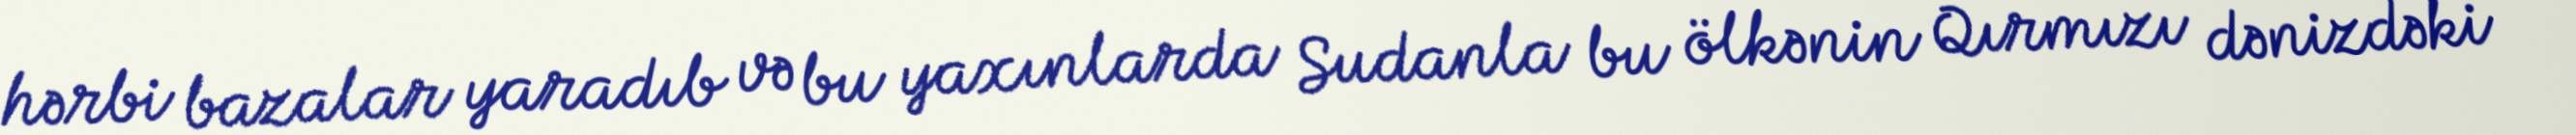
hərbi bazalar yaradıb və bu yaxınlarda Sudanla bu ölkənin Qırmızı dənizdəki